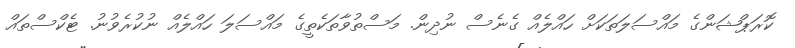
ކޮރަޕްޝަންގެ މައްސަލަތަކަށް ހައްލެއް ގެނެސް ނުދިން. މަސްތުވާތަކެތީގެ މައްސަލަ ހައްލެއް ނުކުރެވުނު. ޓެކްސްތައް